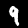
Label: 9